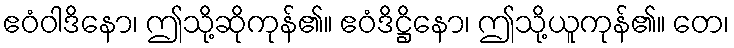
ဧဝံဝါဒိနော၊ ဤသို့ဆိုကုန်၏။ ဧဝံဒိဋ္ဌိနော၊ ဤသို့ယူကုန်၏။ တေ၊